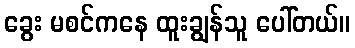
ခွေး မစင်ကနေ ထူးချွန်သူ ပေါ်တယ်။